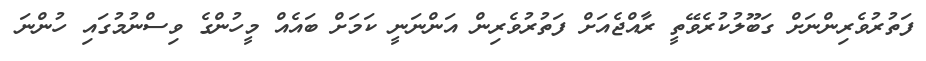
ފަތުރުވެެރިންނަށް ގަބޫލުކުރެވޭތީ ރާއްޖެއަށް ފަތުރުވެރިން އަންނަނީ ކަމަށް ބައެއް މީހުންގެ ވިސްނުމުގައި ހުންނަ